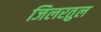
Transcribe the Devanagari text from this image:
जिलरतुल